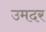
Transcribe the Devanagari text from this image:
उमदर